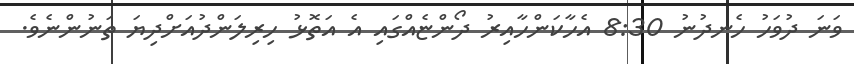
ވަނަ ދުވަހު ހެނދުނު 8:30 އެހާކަންހާއިރު ދޯންޏެއްގައި އެ އަތޮޅު ހިރިލަންދުއަށްދިޔަ ތަނުންނެވެ.